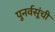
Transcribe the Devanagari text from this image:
पुनर्वसूंची